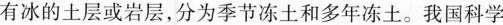
有冰的土层或岩层，分为季节冻土和多年冻土。我国科学